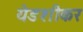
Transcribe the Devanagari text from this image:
येडशीकर